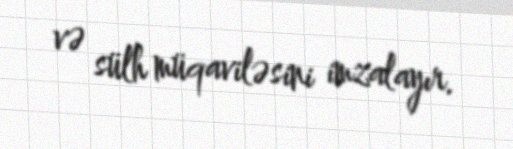
və sülh müqaviləsini imzalayır.